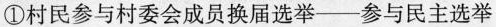
①村民参与村委会成员换届选举——参与民主选举